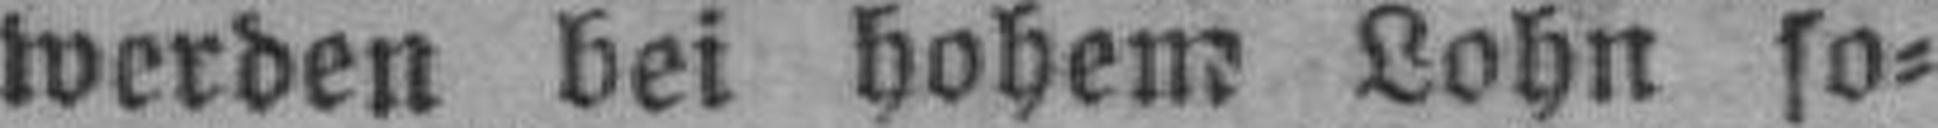
werden bei hohem Lohn so¬